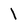
Character: 1